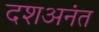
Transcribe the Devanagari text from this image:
दशअनंत